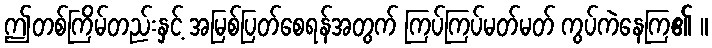
ဤတစ်ကြိမ်တည်းနှင့် အမြစ်ပြတ်စေရန်အတွက် ကြပ်ကြပ်မတ်မတ် ကွပ်ကဲနေကြ၏ ။